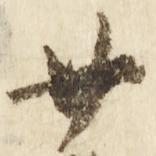
廿